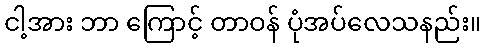
ငါ့အား ဘာ ကြောင့် တာဝန် ပုံအပ်လေသနည်း။